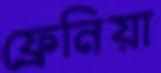
ফ্রেনিয়া